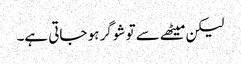
لیکن میٹھے سے تو شوگر ہو جاتی ہے۔